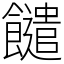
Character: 䭤